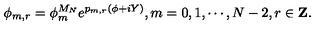
\phi _ { m , r } = \phi _ { m } ^ { M _ { N } } e ^ { p _ { m , r } ( \phi + i Y ) } , m = 0 , 1 , \cdots , N - 2 , r \in { \bf Z } .